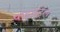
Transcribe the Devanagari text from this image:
पाइनट्रेल